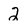
Character: 2